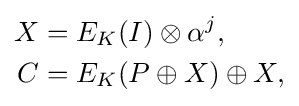
{\begin{aligned}X&=E_{K}(I)\otimes \alpha ^{j},\\C&=E_{K}(P\oplus X)\oplus X,\end{aligned}}